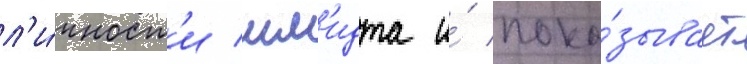
л'и́чност'и шм'идта и́ пока́зывает